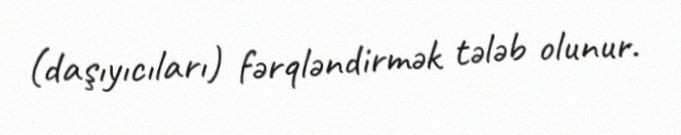
(daşıyıcıları) fərqləndirmək tələb olunur.